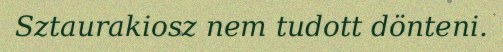
Sztaurakiosz nem tudott dönteni.